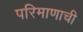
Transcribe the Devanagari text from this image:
परिमाणाची